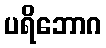
ပရိဘောဂ